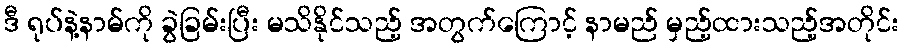
ဒီ ရုပ်နဲ့နာမ်ကို ခွဲခြမ်းပြီး မသိနိုင်သည့် အတွက်ကြောင့် နာမည် မှည့်ထားသည့်အတိုင်း